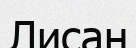
Лисан